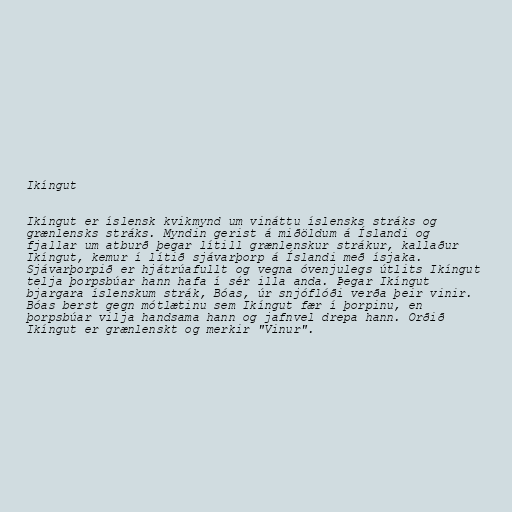
Ikíngut

Ikíngut er íslensk kvikmynd um vináttu íslensks stráks og
grænlensks stráks. Myndin gerist á miðöldum á Íslandi og
fjallar um atburð þegar lítill grænlenskur strákur, kallaður
Ikíngut, kemur í lítið sjávarþorp á Íslandi með ísjaka.
Sjávarþorpið er hjátrúafullt og vegna óvenjulegs útlits Ikíngut
telja þorpsbúar hann hafa í sér illa anda. Þegar Ikíngut
bjargara íslenskum strák, Bóas, úr snjóflóði verða þeir vinir.
Bóas berst gegn mótlætinu sem Ikíngut fær í þorpinu, en
þorpsbúar vilja handsama hann og jafnvel drepa hann. Orðið
Ikíngut er grænlenskt og merkir "Vinur".